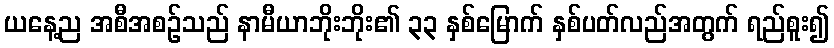
ယနေ့ည အစီအစဉ်သည် နာမီယာဘိုးဘိုး၏ ၃၃ နှစ်မြောက် နှစ်ပတ်လည်အတွက် ရည်စူး၍